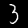
Digit: 3